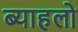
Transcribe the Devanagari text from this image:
ब्याहलो